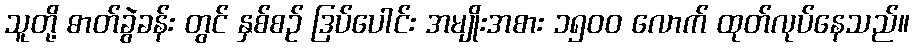
သူတို့ ဓာတ်ခွဲခန်း တွင် နှစ်စဉ် ဒြပ်ပေါင်း အမျိုးအစား ၁၅၀၀ လောက် ထုတ်လုပ်နေသည်။